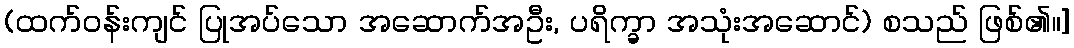
(ထက်ဝန်းကျင် ပြုအပ်သော အဆောက်အဦး, ပရိက္ခာ အသုံးအဆောင်) စသည် ဖြစ်၏။]